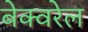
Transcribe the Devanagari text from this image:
बेक्वरेल